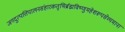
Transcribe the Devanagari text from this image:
जगदुत्पत्तिपालनसंहारकतृभिर्ब्रह्मविष्णुमहेशरूपसेव्यमाना